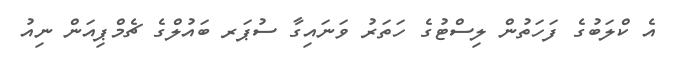
އެ ކްލަބުގެ ފަހަތުން ލިސްޓުގެ ހަތަރު ވަނައިގާ ސުޕަރ ބައުލްގެ ޗެމްޕިއަން ނިއު